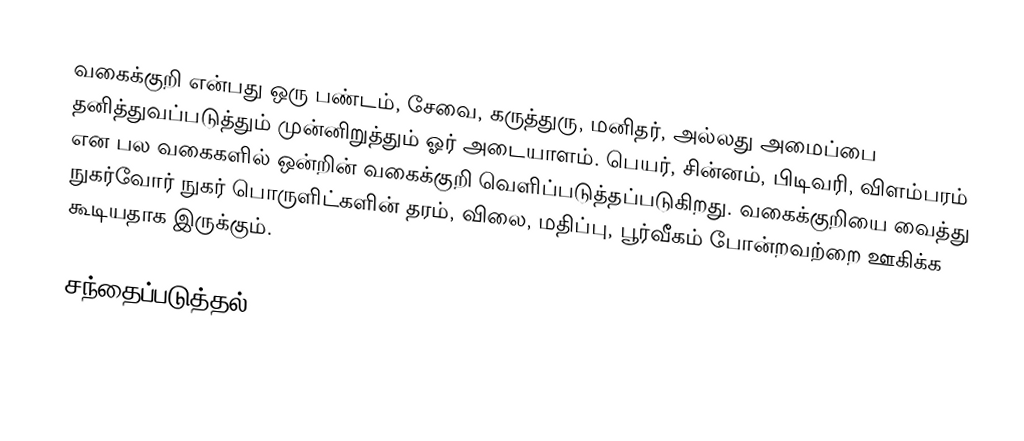
வகைக்குறி என்பது ஒரு பண்டம், சேவை, கருத்துரு, மனிதர், அல்லது அமைப்பை தனித்துவப்படுத்தும் முன்னிறுத்தும் ஓர் அடையாளம்.  பெயர், சின்னம், பிடிவரி, விளம்பரம் என பல வகைகளில் ஒன்றின் வகைக்குறி வெளிப்படுத்தப்படுகிறது.  வகைக்குறியை வைத்து நுகர்வோர் நுகர் பொருளிட்களின் தரம், விலை, மதிப்பு, பூர்வீகம் போன்றவற்றை ஊகிக்க கூடியதாக இருக்கும்.

சந்தைப்படுத்தல்